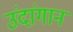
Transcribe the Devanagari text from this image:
उंदांगान